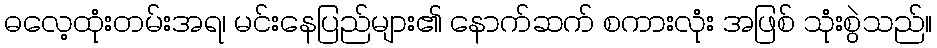
ဓလေ့ထုံးတမ်းအရ၊ မင်းနေပြည်များ၏ နောက်ဆက် စကားလုံး အဖြစ် သုံးစွဲသည်။